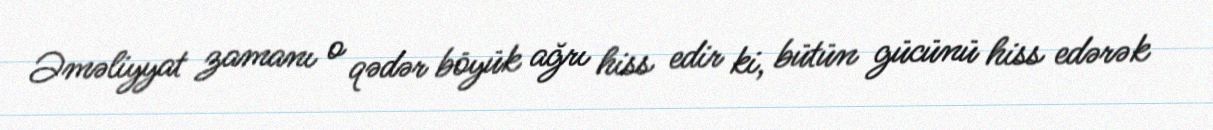
Əməliyyat zamanı o qədər böyük ağrı hiss edir ki, bütün gücünü hiss edərək